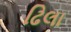
ઢિલા